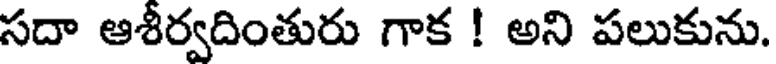
సదా ఆశీర్వదింతురు గాక ! అని పలుకును.